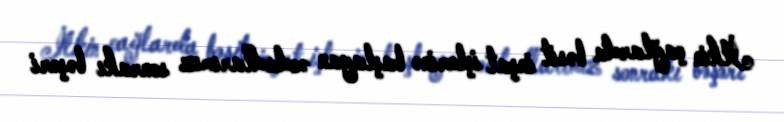
İlkin çağlarda bəsit inşat işlərinə başlayan əcdadlarımız sonrakı bəşəri